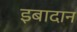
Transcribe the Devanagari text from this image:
इबादान